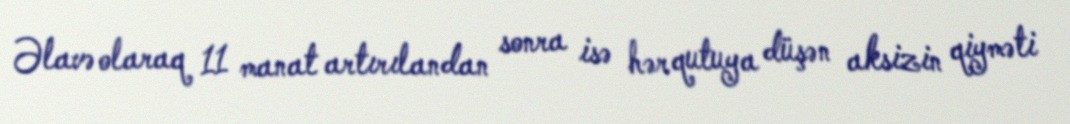
Əlavə olaraq 11 manat artırılandan sonra isə hər qutuya düşən aksizin qiyməti